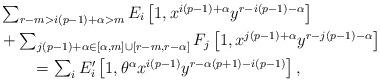
LaTeX: \begin{align*}&\textstyle \sum_{r - m > i(p-1)+\alpha > m} E_i \left[1,x^{i(p-1)+\alpha}y^{r-i(p-1)-\alpha}\right] \\ & \textstyle + \sum_{j(p-1)+\alpha \in [\alpha,m] \cup [r-m,r-\alpha]} F_j \left[1,x^{j(p-1)+\alpha}y^{r-j(p-1)-\alpha}\right] \\ & \textstyle \qquad = \sum_{i}E_i' \left[1,\theta^\alpha x^{i(p-1)}y^{r-\alpha(p+1)-i(p-1)}\right],\end{align*}